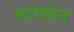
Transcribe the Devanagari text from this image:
स्टालोन